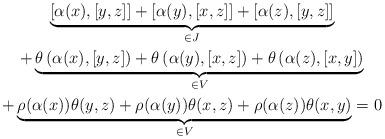
LaTeX: \begin{gather*}\underbrace{ [\alpha(x),[y,z]]+[\alpha(y),[x,z]]+[\alpha(z),[y,z]]}_{\in J}\\+\underbrace{\theta\left(\alpha(x),[y,z] \right)+\theta\left(\alpha(y),[x,z] \right)+\theta\left(\alpha(z),[x,y] \right)}_{\in V}\\+\underbrace{\rho(\alpha(x))\theta(y,z)+\rho(\alpha(y))\theta(x,z) +\rho(\alpha(z))\theta(x,y)}_{\in V}= 0 \end{gather*}